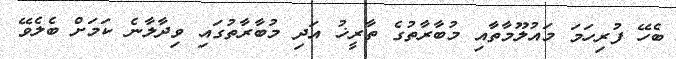
ބެހޭ ފުރިހަމަ މައުލޫމާތާއި މުބާރާތުގެ ތާރީޚު އަދި މުބާރާތުގައި ވިދާލާނެ ކަމަށް ބެލެވޭ